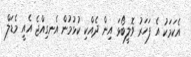
އެކަމަކު އެ ފަހަރު ވޮލީބޯޅަ އިން ދެއްކި ކުޅުމުން އެނގިއްޖެ އެއީ މެޑަލް